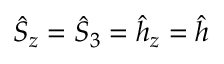
\hat { S } _ { z } = \hat { S } _ { 3 } = \hat { h } _ { z } = \hat { h }